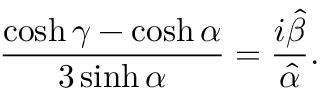
\frac { \cosh \gamma - \cosh \alpha } { 3 \sinh \alpha } = \frac { i \hat { \beta } } { \hat { \alpha } } .